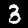
Digit: 3